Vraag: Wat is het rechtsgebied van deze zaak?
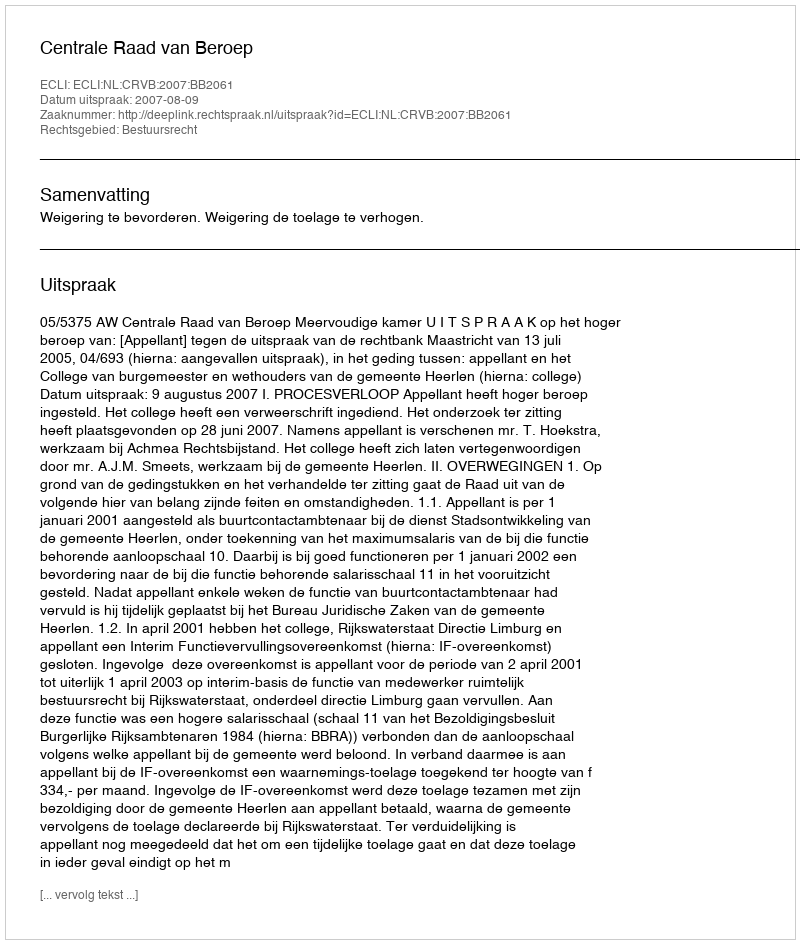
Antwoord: Bestuursrecht